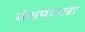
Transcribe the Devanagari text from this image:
वंशपंरपरा